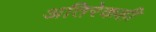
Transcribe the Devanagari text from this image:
अतिरेकही